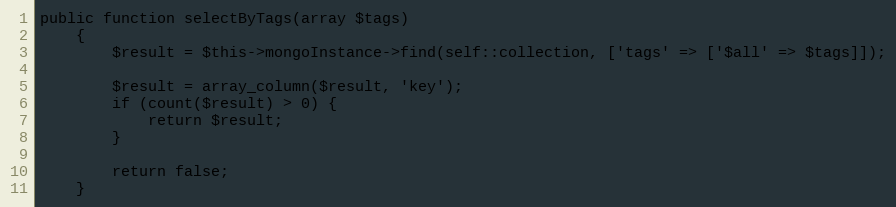
Language: PHP
public function selectByTags(array $tags)
    {
        $result = $this->mongoInstance->find(self::collection, ['tags' => ['$all' => $tags]]);

        $result = array_column($result, 'key');
        if (count($result) > 0) {
            return $result;
        }

        return false;
    }